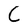
Character: C